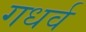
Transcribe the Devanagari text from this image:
गधर्व